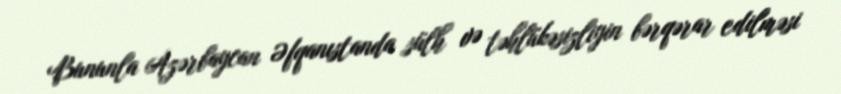
Bununla Azərbaycan Əfqanıstanda sülh və təhlükəsizliyin bərqərar edilməsi